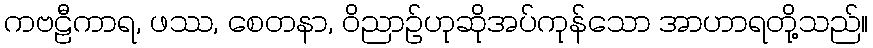
ကဗဠီကာရ, ဖဿ, စေတနာ, ဝိညာဉ်ဟုဆိုအပ်ကုန်သော အာဟာရတို့သည်။